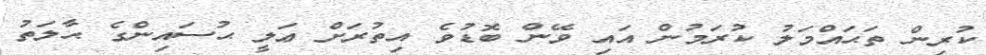
ކުރިން ތަޙައްމަލު ކުރަމުން އައި ވޭން ބޮޑުވެ އިތުރަށް ޢަލީ ޙުސައިންގެ ޙާލަތު